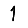
Digit: 1